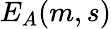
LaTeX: E_{A}(m,s)